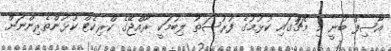
އާސިފް ބުނީ މި މެޗަުގައި ކުޅުމުގެ ފުރުސަތު ލިބުމަކީ ރާއްޖޭގެ ކްރިކެޓް ކުޅުންތެރިންނަށް